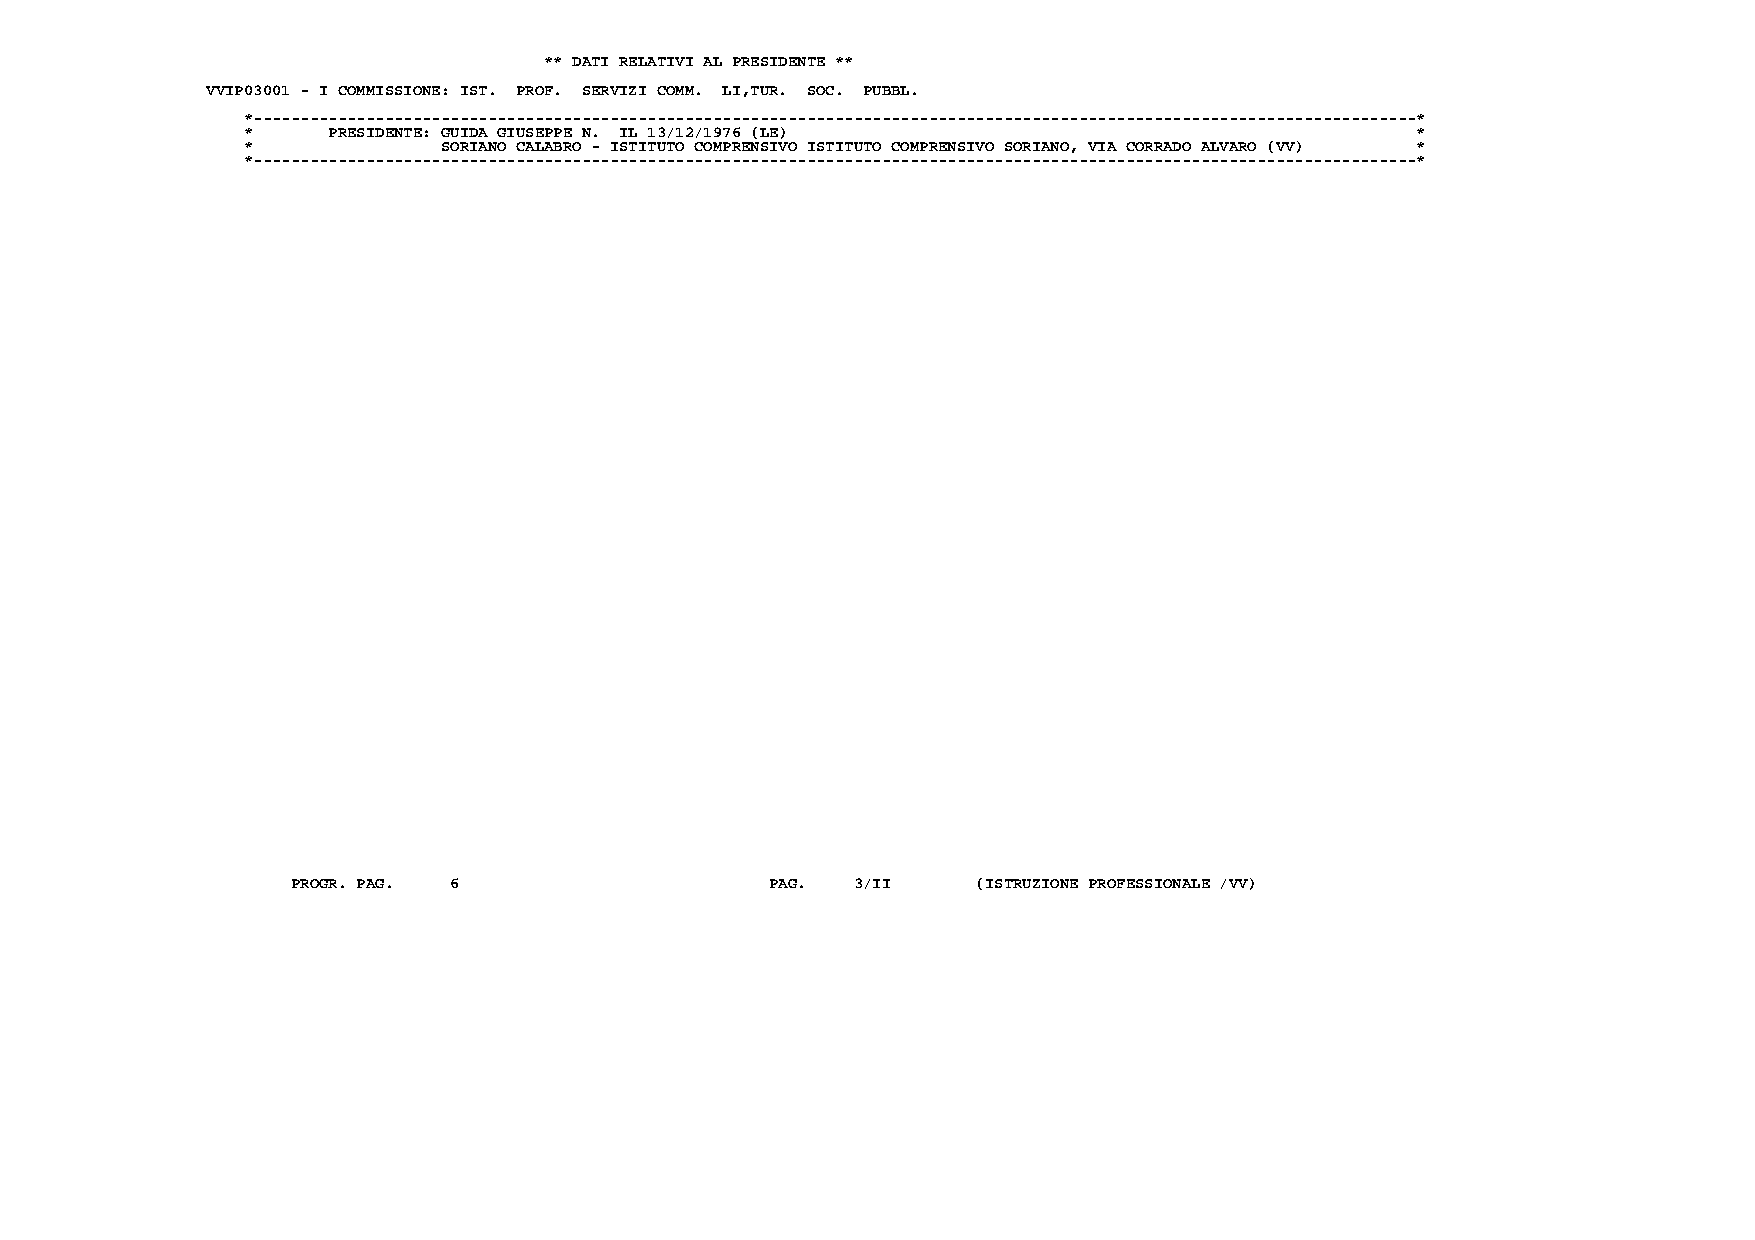
** DATI RELATIVI AL PRESIDENTE **
 VVIP03001 - I COMMISSIONE: IST. PROF. SERVIZI COMM. LI,TUR. SOC. PUBBL.
 *----------------------------------------------------------------------------------------------------------------------------*
 *     PRESIDENTE: GUIDA GIUSEPPE N. IL 13/12/1976 (LE)                        *
 *            SORIANO CALABRO - ISTITUTO COMPRENSIVO ISTITUTO COMPRENSIVO SORIANO, VIA CORRADO ALVARO (VV) *
 *----------------------------------------------------------------------------------------------------------------------------*
 PROGR. PAG. 6                   PAG. 3/II     (ISTRUZIONE PROFESSIONALE /VV)